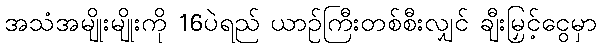
အသံအမျိုးမျိုးကို 16ပဲရည် ယာဉ်ကြီးတစ်စီးလျှင် ချီးမြှင့်ငွေမှာ